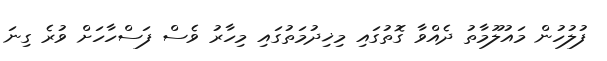
ފުލުހުން މައުލޫމާތު ދެއްވާ ގޮތުގައި މިޚިދުމަތުގައި މިހާރު ވެސް ފަސްހާހަށް ވުރެ ގިނަ